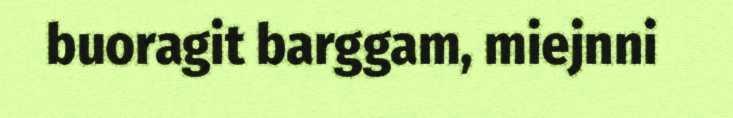
buoragit barggam, miejnni